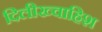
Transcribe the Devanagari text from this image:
दिलीख्वाहिश